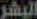
البشر